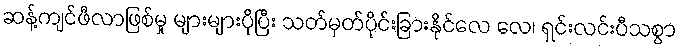
ဆန့်ကျင်ဖီလာဖြစ်မှု များများပိုပြီး သတ်မှတ်ပိုင်းခြားနိုင်လေ လေ၊ ရှင်းလင်းပီသစွာ